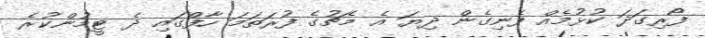
ފޯރިގަދަ ކުޅުމެއް ފެނިގެން ދިޔަ އެ މެޗުގެ ފުރަތަމަ ހާފްގައި ދެ ޓީމުންކުރެ